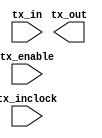
// megafunction wizard: %ALTLVDS_TX%
// GENERATION: STANDARD
// VERSION: WM1.0
// MODULE: ALTLVDS_TX 

// ============================================================
// Megafunction Name(s):
// 			ALTLVDS_TX
//
// Simulation Library Files(s):
// 			altera_mf
// ============================================================
// ************************************************************
// THIS IS A WIZARD-GENERATED FILE. DO NOT EDIT THIS FILE!
//
// 12.0 Build 263 08/02/2012 SP 2.dp9 SJ Full Version
// ************************************************************


//Copyright (C) 1991-2012 Altera Corporation
//Your use of Altera Corporation's design tools, logic functions 
//and other software and tools, and its AMPP partner logic 
//functions, and any output files from any of the foregoing 
//(including device programming or simulation files), and any 
//associated documentation or information are expressly subject 
//to the terms and conditions of the Altera Program License 
//Subscription Agreement, Altera MegaCore Function License 
//Agreement, or other applicable license agreement, including, 
//without limitation, that your use is for the sole purpose of 
//programming logic devices manufactured by Altera and sold by 
//Altera or its authorized distributors.  Please refer to the 
//applicable agreement for further details.


// synopsys translate_off
`timescale 1 ps / 1 ps
// synopsys translate_on
module mAltArriaVlvdsTx (
	tx_enable,
	tx_in,
	tx_inclock,
	tx_out);

	input	  tx_enable;
	input	[9:0]  tx_in;
	input	  tx_inclock;
	output	[0:0]  tx_out;

	wire [0:0] sub_wire0;
	wire [0:0] tx_out = sub_wire0[0:0];

//	altlvds_tx	ALTLVDS_TX_component (
//				.tx_enable (tx_enable),
//				.tx_in (tx_in),
//				.tx_inclock (tx_inclock),
//				.tx_out (sub_wire0),
//				.pll_areset (1'b0),
//				.sync_inclock (1'b0),
//				.tx_coreclock (),
//				.tx_data_reset (1'b0),
//				.tx_locked (),
//				.tx_outclock (),
//				.tx_pll_enable (1'b1),
//				.tx_syncclock (1'b0));
//	defparam
//		ALTLVDS_TX_component.center_align_msb = "UNUSED",
//		ALTLVDS_TX_component.common_rx_tx_pll = "OFF",
//		ALTLVDS_TX_component.coreclock_divide_by = 1,
//		ALTLVDS_TX_component.data_rate = "1250.0 Mbps",
//		ALTLVDS_TX_component.deserialization_factor = 10,
//		ALTLVDS_TX_component.differential_drive = 0,
//		ALTLVDS_TX_component.enable_clock_pin_mode = "UNUSED",
//		ALTLVDS_TX_component.implement_in_les = "OFF",
//		ALTLVDS_TX_component.inclock_boost = 0,
//		ALTLVDS_TX_component.inclock_data_alignment = "EDGE_ALIGNED",
//		ALTLVDS_TX_component.inclock_period = 8000,
//		ALTLVDS_TX_component.inclock_phase_shift = 0,
//		ALTLVDS_TX_component.intended_device_family = "Arria V",
//		ALTLVDS_TX_component.lpm_hint = "CBX_MODULE_PREFIX=mAltArriaVlvdsTx",
//		ALTLVDS_TX_component.lpm_type = "altlvds_tx",
//		ALTLVDS_TX_component.multi_clock = "OFF",
//		ALTLVDS_TX_component.number_of_channels = 1,
//		ALTLVDS_TX_component.outclock_alignment = "EDGE_ALIGNED",
//		ALTLVDS_TX_component.outclock_divide_by = 1,
//		ALTLVDS_TX_component.outclock_duty_cycle = 50,
//		ALTLVDS_TX_component.outclock_multiply_by = 1,
//		ALTLVDS_TX_component.outclock_phase_shift = 0,
//		ALTLVDS_TX_component.outclock_resource = "Regional clock",
//		ALTLVDS_TX_component.output_data_rate = 1250,
//		ALTLVDS_TX_component.pll_self_reset_on_loss_lock = "OFF",
//		ALTLVDS_TX_component.preemphasis_setting = 0,
//		ALTLVDS_TX_component.refclk_frequency = "125.000000 MHz",
//		ALTLVDS_TX_component.registered_input = "OFF",
//		ALTLVDS_TX_component.use_external_pll = "ON",
//		ALTLVDS_TX_component.use_no_phase_shift = "ON",
//		ALTLVDS_TX_component.vod_setting = 0,
//		ALTLVDS_TX_component.clk_src_is_pll = "off";


endmodule

// ============================================================
// CNX file retrieval info
// ============================================================
// Retrieval info: LIBRARY: altera_mf altera_mf.altera_mf_components.all
// Retrieval info: PRIVATE: CNX_CLOCK_CHOICES STRING "tx_inclock"
// Retrieval info: PRIVATE: CNX_CLOCK_MODE NUMERIC "0"
// Retrieval info: PRIVATE: CNX_COMMON_PLL NUMERIC "0"
// Retrieval info: PRIVATE: CNX_DATA_RATE STRING "1250.0"
// Retrieval info: PRIVATE: CNX_DESER_FACTOR NUMERIC "10"
// Retrieval info: PRIVATE: CNX_EXT_PLL STRING "ON"
// Retrieval info: PRIVATE: CNX_LE_SERDES STRING "OFF"
// Retrieval info: PRIVATE: CNX_NUM_CHANNEL NUMERIC "1"
// Retrieval info: PRIVATE: CNX_OUTCLOCK_DIVIDE_BY NUMERIC "1"
// Retrieval info: PRIVATE: CNX_PLL_ARESET NUMERIC "0"
// Retrieval info: PRIVATE: CNX_PLL_FREQ STRING "125.000000"
// Retrieval info: PRIVATE: CNX_PLL_PERIOD STRING "8.000"
// Retrieval info: PRIVATE: CNX_REG_INOUT NUMERIC "1"
// Retrieval info: PRIVATE: CNX_TX_CORECLOCK STRING "OFF"
// Retrieval info: PRIVATE: CNX_TX_LOCKED STRING "OFF"
// Retrieval info: PRIVATE: CNX_TX_OUTCLOCK STRING "OFF"
// Retrieval info: PRIVATE: CNX_USE_CLOCK_RESC STRING "Regional clock"
// Retrieval info: PRIVATE: CNX_USE_PLL_ENABLE NUMERIC "0"
// Retrieval info: PRIVATE: CNX_USE_TX_OUT_PHASE NUMERIC "1"
// Retrieval info: PRIVATE: INTENDED_DEVICE_FAMILY STRING "Arria V"
// Retrieval info: PRIVATE: pCNX_OUTCLK_ALIGN STRING "EDGE_ALIGNED"
// Retrieval info: PRIVATE: pINCLOCK_PHASE_SHIFT STRING "0.00"
// Retrieval info: PRIVATE: pOUTCLOCK_PHASE_SHIFT NUMERIC "0"
// Retrieval info: CONSTANT: CENTER_ALIGN_MSB STRING "UNUSED"
// Retrieval info: CONSTANT: COMMON_RX_TX_PLL STRING "OFF"
// Retrieval info: CONSTANT: CORECLOCK_DIVIDE_BY NUMERIC "1"
// Retrieval info: CONSTANT: clk_src_is_pll STRING "off"
// Retrieval info: CONSTANT: DATA_RATE STRING "1250.0 Mbps"
// Retrieval info: CONSTANT: DESERIALIZATION_FACTOR NUMERIC "10"
// Retrieval info: CONSTANT: DIFFERENTIAL_DRIVE NUMERIC "0"
// Retrieval info: CONSTANT: ENABLE_CLOCK_PIN_MODE STRING "UNUSED"
// Retrieval info: CONSTANT: IMPLEMENT_IN_LES STRING "OFF"
// Retrieval info: CONSTANT: INCLOCK_BOOST NUMERIC "0"
// Retrieval info: CONSTANT: INCLOCK_DATA_ALIGNMENT STRING "EDGE_ALIGNED"
// Retrieval info: CONSTANT: INCLOCK_PERIOD NUMERIC "8000"
// Retrieval info: CONSTANT: INCLOCK_PHASE_SHIFT NUMERIC "0"
// Retrieval info: CONSTANT: INTENDED_DEVICE_FAMILY STRING "Arria V"
// Retrieval info: CONSTANT: LPM_HINT STRING "UNUSED"
// Retrieval info: CONSTANT: LPM_TYPE STRING "altlvds_tx"
// Retrieval info: CONSTANT: MULTI_CLOCK STRING "OFF"
// Retrieval info: CONSTANT: NUMBER_OF_CHANNELS NUMERIC "1"
// Retrieval info: CONSTANT: OUTCLOCK_ALIGNMENT STRING "EDGE_ALIGNED"
// Retrieval info: CONSTANT: OUTCLOCK_DIVIDE_BY NUMERIC "1"
// Retrieval info: CONSTANT: OUTCLOCK_DUTY_CYCLE NUMERIC "50"
// Retrieval info: CONSTANT: OUTCLOCK_MULTIPLY_BY NUMERIC "1"
// Retrieval info: CONSTANT: OUTCLOCK_PHASE_SHIFT NUMERIC "0"
// Retrieval info: CONSTANT: OUTCLOCK_RESOURCE STRING "Regional clock"
// Retrieval info: CONSTANT: OUTPUT_DATA_RATE NUMERIC "1250"
// Retrieval info: CONSTANT: PLL_SELF_RESET_ON_LOSS_LOCK STRING "OFF"
// Retrieval info: CONSTANT: PREEMPHASIS_SETTING NUMERIC "0"
// Retrieval info: CONSTANT: REFCLK_FREQUENCY STRING "125.000000 MHz"
// Retrieval info: CONSTANT: REGISTERED_INPUT STRING "OFF"
// Retrieval info: CONSTANT: USE_EXTERNAL_PLL STRING "ON"
// Retrieval info: CONSTANT: USE_NO_PHASE_SHIFT STRING "ON"
// Retrieval info: CONSTANT: VOD_SETTING NUMERIC "0"
// Retrieval info: USED_PORT: tx_enable 0 0 0 0 INPUT NODEFVAL "tx_enable"
// Retrieval info: CONNECT: @tx_enable 0 0 0 0 tx_enable 0 0 0 0
// Retrieval info: USED_PORT: tx_in 0 0 10 0 INPUT NODEFVAL "tx_in[9..0]"
// Retrieval info: CONNECT: @tx_in 0 0 10 0 tx_in 0 0 10 0
// Retrieval info: USED_PORT: tx_inclock 0 0 0 0 INPUT NODEFVAL "tx_inclock"
// Retrieval info: CONNECT: @tx_inclock 0 0 0 0 tx_inclock 0 0 0 0
// Retrieval info: USED_PORT: tx_out 0 0 1 0 OUTPUT NODEFVAL "tx_out[0..0]"
// Retrieval info: CONNECT: tx_out 0 0 1 0 @tx_out 0 0 1 0
// Retrieval info: GEN_FILE: TYPE_NORMAL mAltArriaVlvdsTx.v TRUE FALSE
// Retrieval info: GEN_FILE: TYPE_NORMAL mAltArriaVlvdsTx.qip TRUE FALSE
// Retrieval info: GEN_FILE: TYPE_NORMAL mAltArriaVlvdsTx.bsf FALSE TRUE
// Retrieval info: GEN_FILE: TYPE_NORMAL mAltArriaVlvdsTx_inst.v FALSE TRUE
// Retrieval info: GEN_FILE: TYPE_NORMAL mAltArriaVlvdsTx_bb.v FALSE TRUE
// Retrieval info: GEN_FILE: TYPE_NORMAL mAltArriaVlvdsTx.inc FALSE TRUE
// Retrieval info: GEN_FILE: TYPE_NORMAL mAltArriaVlvdsTx.cmp FALSE TRUE
// Retrieval info: GEN_FILE: TYPE_NORMAL mAltArriaVlvdsTx.ppf TRUE FALSE
// Retrieval info: LIB_FILE: altera_mf
// Retrieval info: CBX_MODULE_PREFIX: ON